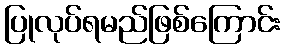
ပြုလုပ်ရမည်ဖြစ်ကြောင်း